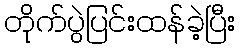
တိုက်ပွဲပြင်းထန်ခဲ့ပြီး